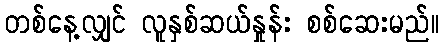
တစ်နေ့လျှင် လူနှစ်ဆယ်နှုန်း စစ်ဆေးမည်။